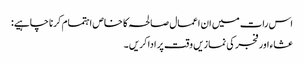
اس رات میں ان اعمال صالحہ کا خاص اہتمام کرنا چاہیے:
عشاء اور فجر کی نمازیں وقت پر ادا کریں ۔